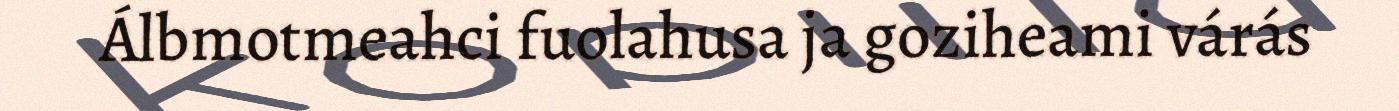
Álbmotmeahci fuolahusa ja goziheami várás